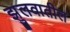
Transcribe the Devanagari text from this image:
झुलवातील